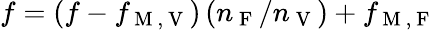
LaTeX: f=(f-f_{\mathrm{~M~,~V~}})\, (n_{\mathrm{~F~}}/n_{\mathrm{~V~}})+f_{\mathrm{~M~,~F~}}